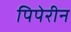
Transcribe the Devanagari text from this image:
पिपेरीन